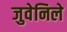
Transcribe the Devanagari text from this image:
जुवेनिले